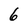
Character: 6